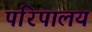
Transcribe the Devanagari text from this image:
परिपालय